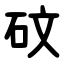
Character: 砇